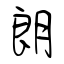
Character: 朗